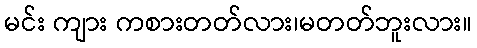
မင်း ကျား ကစားတတ်လား၊မတတ်ဘူးလား။